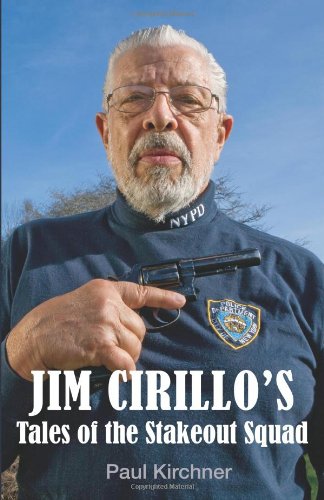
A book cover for Jim Cirillo's Tales Of The Stakeout Squad; Paul Kirchner; Biographies & Memoirs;